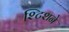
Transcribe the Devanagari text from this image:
श्टिशने